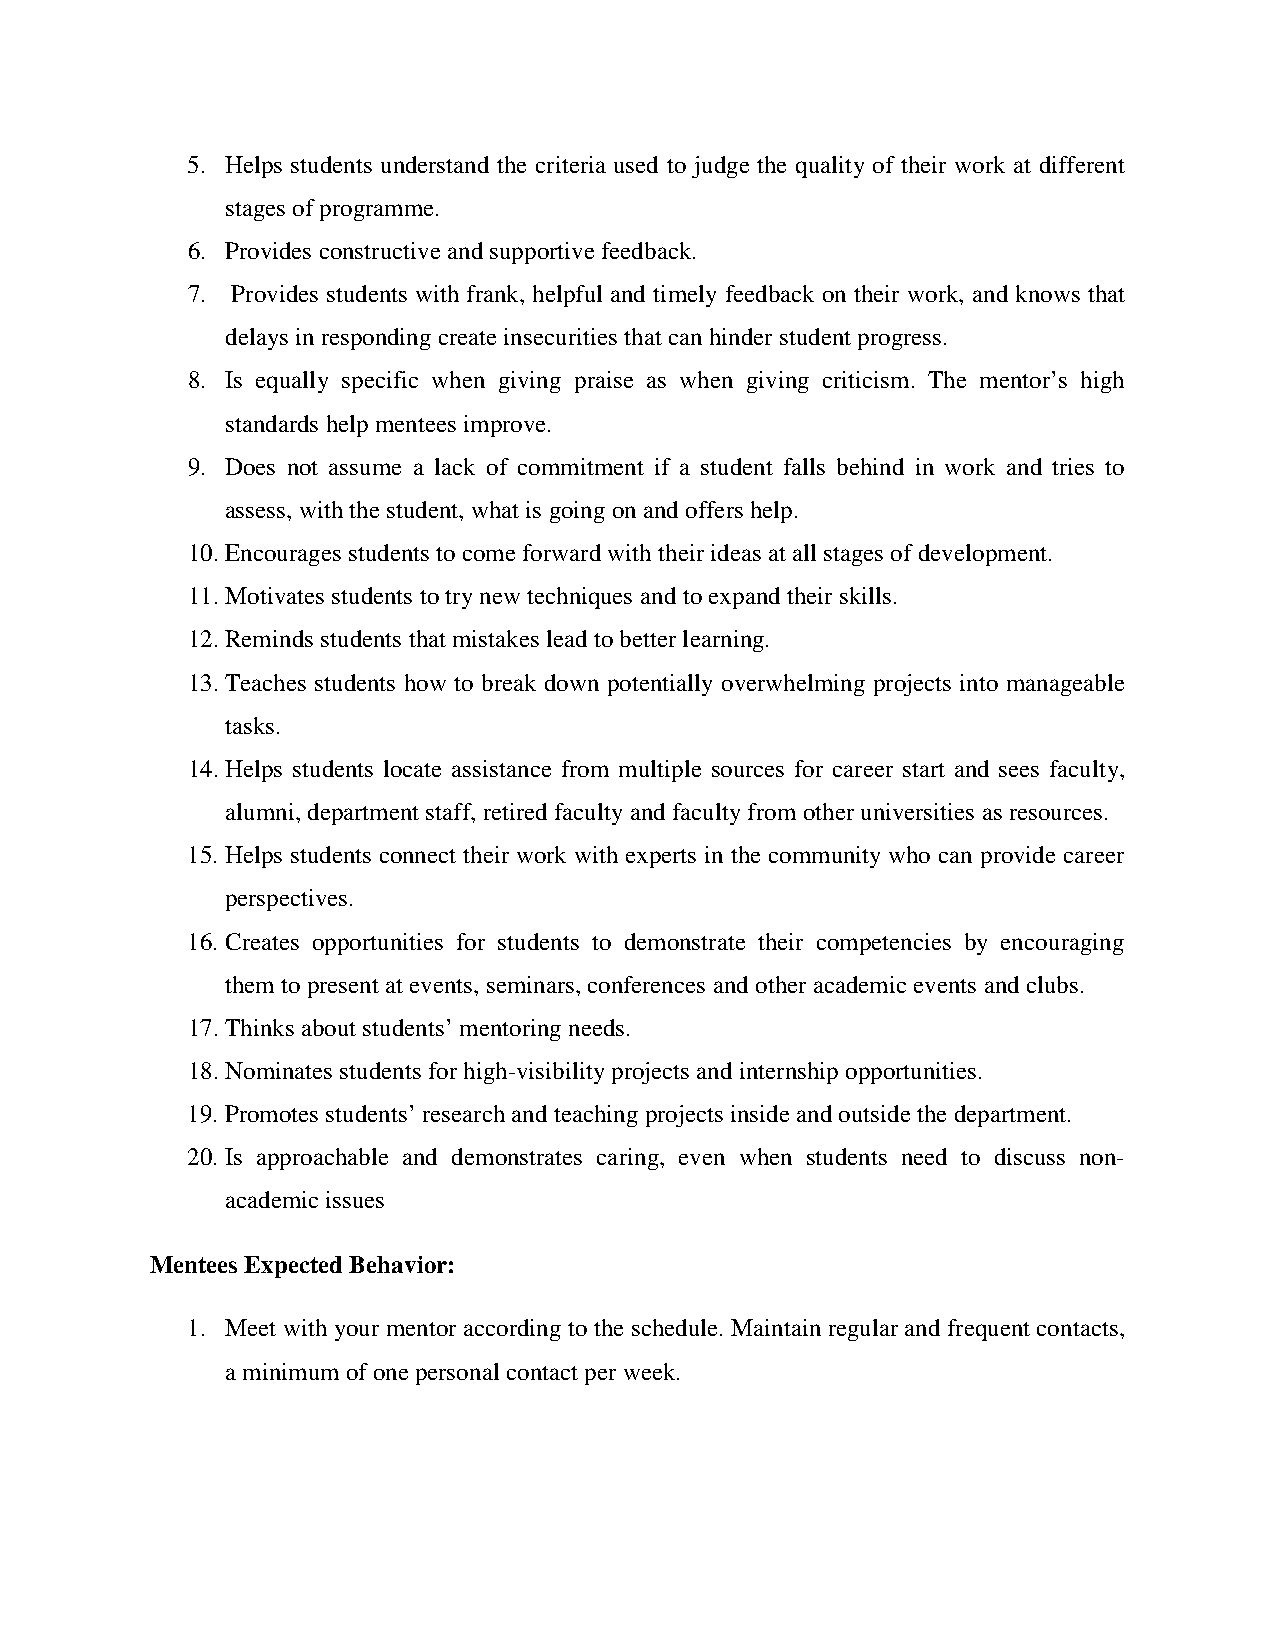
5. Helps students understand the criteria used to judge the quality of their work at different
 stages of programme.
 6. Provides constructive and supportive feedback.
 7. Provides students with frank, helpful and timely feedback on their work, and knows that
 delays in responding create insecurities that can hinder student progress.
 8. Is equally specific when giving praise as when giving criticism. The mentor’s high
 standards help mentees improve.
 9. Does not assume a lack of commitment if a student falls behind in work and tries to
 assess, with the student, what is going on and offers help.
 10. Encourages students to come forward with their ideas at all stages of development.
 11. Motivates students to try new techniques and to expand their skills.
 12. Reminds students that mistakes lead to better learning.
 13. Teaches students how to break down potentially overwhelming projects into manageable
 tasks.
 14. Helps students locate assistance from multiple sources for career start and sees faculty,
 alumni, department staff, retired faculty and faculty from other universities as resources.
 15. Helps students connect their work with experts in the community who can provide career
 perspectives.
 16. Creates opportunities for students to demonstrate their competencies by encouraging
 them to present at events, seminars, conferences and other academic events and clubs.
 17. Thinks about students’ mentoring needs.
 18. Nominates students for high-visibility projects and internship opportunities.
 19. Promotes students’ research and teaching projects inside and outside the department.
 20. Is approachable and demonstrates caring, even when students need to discuss non-
 academic issues
 Mentees Expected Behavior:
 1. Meet with your mentor according to the schedule. Maintain regular and frequent contacts,
 a minimum of one personal contact per week.